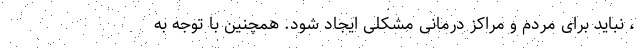
، نباید برای مردم و مراکز درمانی مشکلی ایجاد شود. همچنین با توجه به